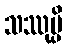
သဿုမ္ပိ